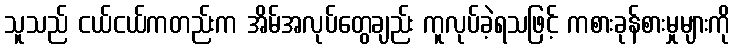
သူသည် ငယ်ငယ်ကတည်းက အိမ်အလုပ်တွေချည်း ကူလုပ်ခဲ့ရသဖြင့် ကစားခုန်စားမှုများကို